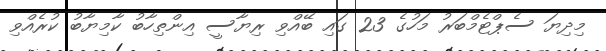
މިދިޔަ ސެޕްޓެމްބަރު މަހުގެ 23 ގައި ބޭއްވި ރިޔާސީ އިންތިހާބު ކާމިޔާބު ކުރެއްވި